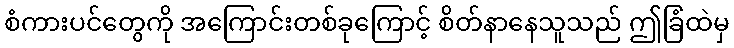
စံကားပင်တွေကို အကြောင်းတစ်ခုကြောင့် စိတ်နာနေသူသည် ဤခြံထဲမှ